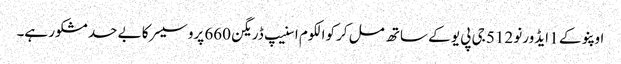
اوپنو کے 1 ایڈورنو 512 جی پی یو کے ساتھ مل کر کوالکوم اسنیپ ڈریگن 660 پروسیسر کا بے حد مشکور ہے۔